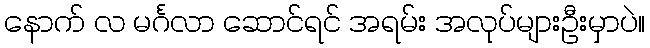
နောက် လ မင်္ဂလာ ဆောင်ရင် အရမ်း အလုပ်များဦးမှာပဲ။